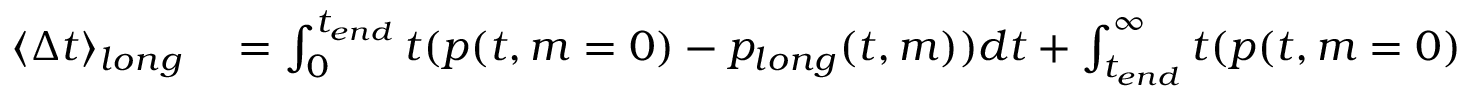
\begin{array} { r l } { \langle \Delta t \rangle _ { l o n g } } & { { } = \int _ { 0 } ^ { t _ { e n d } } t ( p ( t , m = 0 ) - p _ { l o n g } ( t , m ) ) d t + \int _ { t _ { e n d } } ^ { \infty } t ( p ( t , m = 0 ) - p ( t , m ) ) d t } \end{array}